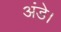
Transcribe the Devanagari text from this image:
अंडे।